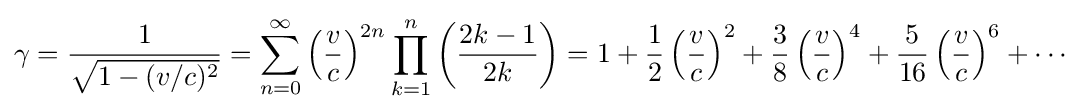
\gamma ={\dfrac {1}{\sqrt {1-(v/c)^{2}}}}=\sum _{n=0}^{\infty }\left({\dfrac {v}{c}}\right)^{2n}\prod _{k=1}^{n}\left({\dfrac {2k-1}{2k}}\right)=1+{\dfrac {1}{2}}\left({\dfrac {v}{c}}\right)^{2}+{\dfrac {3}{8}}\left({\dfrac {v}{c}}\right)^{4}+{\dfrac {5}{16}}\left({\dfrac {v}{c}}\right)^{6}+\cdots